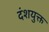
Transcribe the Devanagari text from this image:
दंशयुक्त